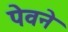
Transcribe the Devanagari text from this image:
पेवने